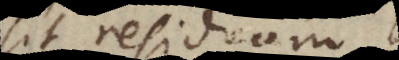
sit residuum